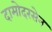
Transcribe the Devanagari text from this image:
दामोदरसेन